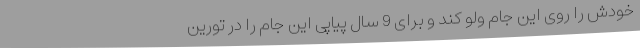
خودش را روی این جام ولو کند و برای 9 سال پیاپی این جام را در تورین